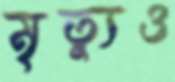
মৃত্যুও